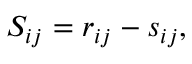
S _ { i j } = r _ { i j } - s _ { i j } ,